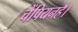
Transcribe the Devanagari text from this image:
चैंपियनहै।